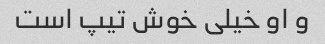
و او خیلی خوش تیپ است